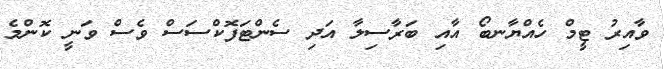
ވާއިރު ޓީމް ހެއްޔާނބޯ އާއި ބަރާސިލާ އަދި ސެންޓަފޮކްސަސް ވެސް ވަނީ ކޮންމެ